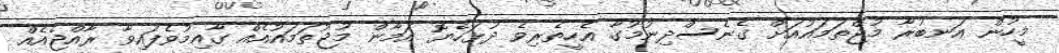
މީހުން އަނބުރާ މުޖްތަމައުއަށް ގެނެސްދިނުމުގާ އެހީތެރިވެ ދުޅަހެޔޮ އަމާން މުޖުތަމައުއެއް ގާއިމުވެފައިވާ ރާއްޖެއެއް